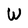
Character: W